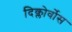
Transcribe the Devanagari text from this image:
दिक्लोर्वोस